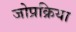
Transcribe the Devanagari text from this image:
जोप्रक्रिया